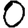
Digit: 0